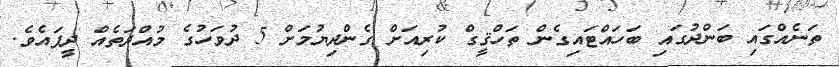
ތަނެއްގައި ބަންދުގައި ބަހައްޓައިގެން ތަހްޤީގް ކުރިއަށް ގެންދިޔުމަށް 5 ދުވަހުގެ މުއްދަތެއް ދީފައެވެ.